Leaving Certificate, 1900
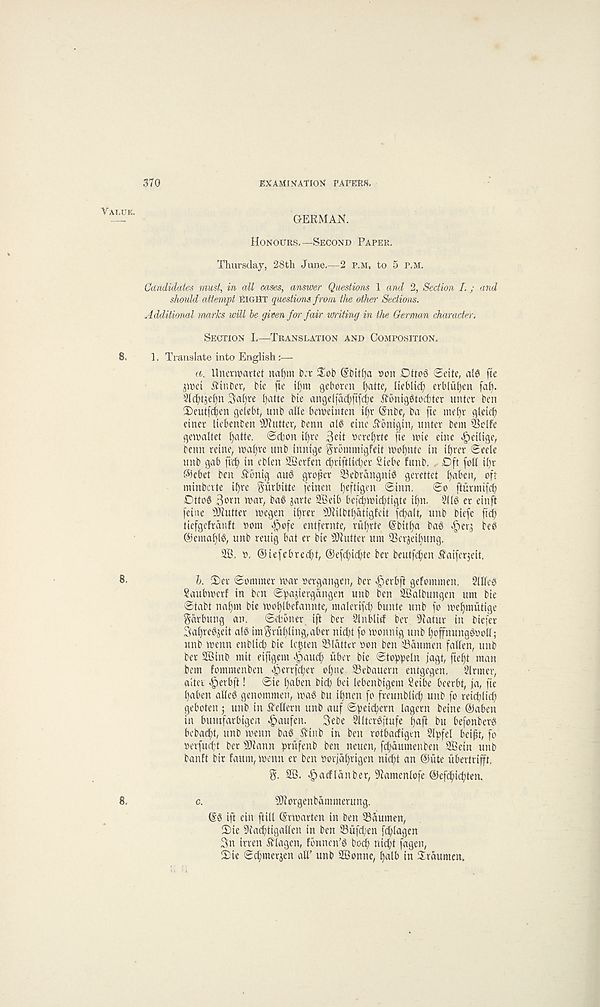
370
EXAMINATION TAPERS.
GERMAN.
Honours. —Second Paper.
Thursday, 28th June.—2 P.M, to 5 p.m.
Candidates must, in all oases, answer Questions 1 and 2, Section I.; and
should attempt eight questions from the other Sections.
Additional marks will he given for fair uniting in the German character.
Section I—Translation and Composition.
1. Translate into English
a. Unenvartet naf)tn Ihr $ob (S' bitfja »on Ottog @dte, a(g fie
jipct itinber, bte fte il)m geboren Ijatte, lieblid) erblu^en fal).
Slc^tje^n 3a()re ()atte bie angdfac^ftf^e itbnig6tod)ter unter ben
2)eutf(^en gelebt, unb alle bewetnten i()v (Snbe, bn fte inefyr gleicb
einet liebenben Gutter, benn aI6 cine oTonigin, unter bent i&dfe
gemaltet f)ntte. ©d)on il)re 3dt Peret)rtc fte trie etne ^)eilige,
benn retne, tt»a[)ve unb inntge gvbinmigfeit tvc»f)nte in ifyret Seek
unb gab ftd) in ebkn SBerfen cfiriftiicfier Siebe funb. Dft foil il)r
©ebet ben ^bnig aug grower 53ebvangnig gerettet ffaben, oft
minbcrte il)re Surbitte feinen ^eftigen Sinn. So fturmifcb
Ottog
war, bag jarte SBeib befcbtoic^tigte if)n. 51 [g er einft
feine Gutter tpegen il)m s >lii(bt^atigfeit fcbalt, unb biefc fid)
tiefgefranft »om ^ofe entfernte, rufyrte @bitl)a bag ^ler^ beg
©emafflg, unb reuig bat er bie Gutter um 5?erjeif)ung.
2B. o. @iefebred)t, @efcf)id)te ber beutfc^en £aiferjeit.
b. 2)er Sommer roar oergangen, ber ^erbjl gefommen. 2Uleg
Saubtoerf in ben Spa^iergangen unb ben SBalbungcn um bie
Stabt nafym bie too^lbefannte, malerifd) bunte unb fo tve^mutige
garbling an. Scbbner ift ber Slnblid ber 9latur in biefer
Sa^regjeit alg imgru[)ling,aber nid)t fo monnig unb ()offnunggvoll;
unb menn enblicb bie legten flatter non ben' 53dumen fallen, unb
ber SBinb mit eiftgem <j5aud) fiber bie Sto^eln jagt, fte^t man
bent fommenbett «§errfd)er ol)ne Sebauern entgegen. Sinner,
alter <£)erbft! Sie l)aben bid) bei lebcnbigent Seibe beerbt, fa, fte
l)aben alleg genommen, mag bu il)nen fo freunblid) unb fo reid)lid)
geboten ; unb in tfellern unb auf Sbeicbern Urgent beitte ©abett
in buntfarbigen <£>aufen. 3ebe Slltergftufe
bu befonberg
bebacf)t, unb menu bag ^inb in ben rotbadigen Slpfel bcifit, fo
oerfucft ber SKann briifettb ben neuen, fd)aumenben SSein unb
banft bir fattm, menu er ben Porjdl)rigen nicbt an @ute iibertrifft.
g. 9®. «§acflanber, S^amenlofe @ef(bicl)ten.
c.
93forgenbamnterung.
©g ift ein ftill (Jrmarten in ben 53aumen,
Die 9{ad)tigalkn in ben S3ufd;en fd)lagen
3n irren £lagen, fbnnen’g bod) nid)t fagen,
Die Scbmerjen alT unb SBonne, l)alb in Hraumen.